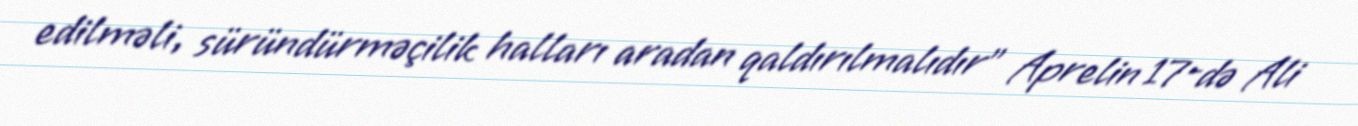
edilməli, süründürməçilik halları aradan qaldırılmalıdır” Aprelin 17-də Ali